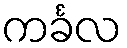
ကင်္ခလ